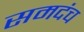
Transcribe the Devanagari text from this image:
समदंच